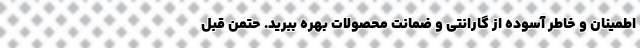
اطمینان و خاطر آسوده از گارانتی و ضمانت محصولات بهره ببرید. حتمن قبل